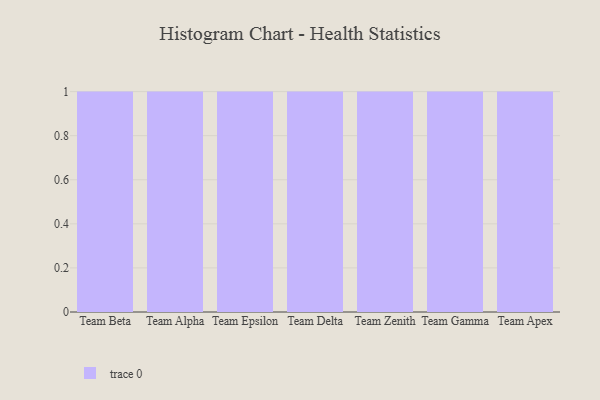
{"axis": {"x": "Team", "y": "Shipments"}, "legend": [""], "data": [{"x": "Team Beta", "y": 87, "type": ""}, {"x": "Team Alpha", "y": 98, "type": ""}, {"x": "Team Epsilon", "y": 54, "type": ""}, {"x": "Team Delta", "y": 92, "type": ""}, {"x": "Team Zenith", "y": 29, "type": ""}, {"x": "Team Gamma", "y": 88, "type": ""}, {"x": "Team Apex", "y": 15, "type": ""}]}